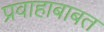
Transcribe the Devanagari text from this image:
प्रवाहाबाबत